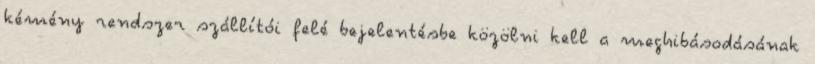
kémény rendszer szállítói felé bejelentésbe közölni kell a meghibásodásának